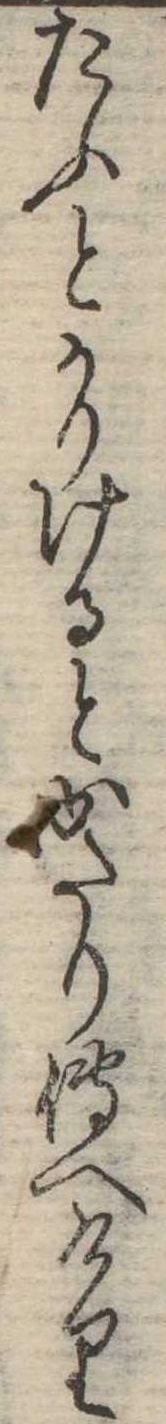
たふとかりけるとかたり伝へけり